Vaccination in Burma 1900-1911 - 1900-1911
Year: 1900
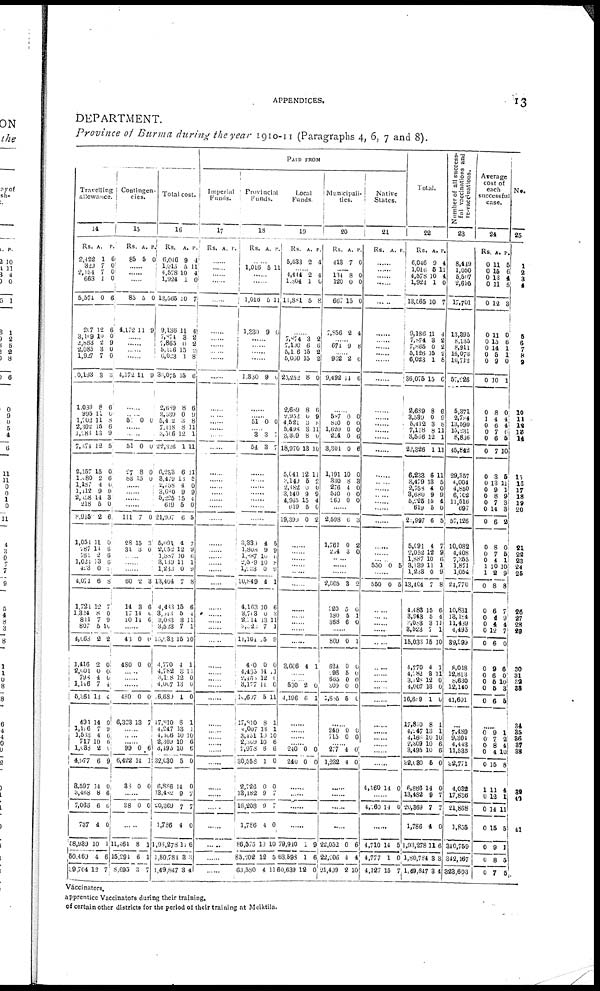
APPENDICES.
13
DEPARTMENT.
Province of Burma during the year 1910-11 (Paragraphs 4, 6, 7 and 8).
Travelling
allowance.
14
Rs.
2,422
329
2,154
663
5,574
207
3,109
2,863
2,085
1,927
10,193
1,039
995
1,702
2,302
1,288
7,374
2,157
1,480
1,187
1,112
2,158
218
8,915
1,054
787
781
1,021
423
4,071
1,724
1,324
811
807
4,568
1,416
2,001
798
1,146
5,361
491
1,116
1,533
717
1,038
4,977
3,597
3,468
7,066
737
58,939
50,460
39,704
A.
1
7
7
1
0
12
10
2
3
7
3
8
11
11 15
13
12
15
2
4
9
14
5
2
11
11
2
13
0
6
12
8
7
5
2
2
0
4
7
13
14
7 4
10
2
6
14
8
6
4
10
4
12
P.
6
0
0
0
6
6
0
9
0
0
3
6
0
8
6
9
5
0
6
0
9
3
0
6
0
6
6
6
2
8
7
0
9
10
2
0
0
0
4
4
0
9
6
6
0
9
0
6
6
0
1
6
7
Contingen-
cies.
15
Rs.
85
A.
5
P.
0
......
......
......
85
4,172
5
11
0
9
......
......
......
......
4,172 11 9
......
...... 51 0 0
......
......
51
27
83
0
8
15
0
0
0
......
......
......
......
111
28
31
7
15
3
0
3
0
......
......
......
60
14
17
10
2
3
14
14
3
6
0
6
......
43
480
0
0
0
0
......
......
......
480
6,323
0
13
0
7
......
......
......
99
6,422
36
0
14
0
6
1
0
......
38 0 0
......
11,464
15,291
8,695
8
6
3
1
1
7
Total cost.
16
Rs.
6,046
1,013
4,578
1,924
13,565
9,186
7,874
7,865
5,116
6,023
36,075
2,689
3,539
5,412
7,118
3,306
22,326
6,233
3,479
2,758
3,680
5,225
619
21,907
5,091
2,052
1,887
3,139
1,233
13,404
4,483
3,013
3,083
3,523
15,033
4,770
4,782
3,118
4,007
16,680
17,810
4,247
4,106
2,309
3,495
32,030
6,886
13,482
20,369
1,786
1,93,278
1,80,784
1,49,847
A.
9
5
10
1
10
11
3
0
15
1
15
8
0
3
8
12
1
6
18
4
9
15
5
6
4
12
10
11
0
7
15
5
3
7
15
4
3
12
13
1
8
13
10
10
10
5
14
9
7
4
11
8
3
P.
4
11
4
0
7
4
2
2
2
8
6
6
9
8
11
1
11
11
5 0
9
4
0
5
7
9
6
1
9
8
6
4
11
1
10
1
11
0
0
0
1
1
10
6
6
0
0
7
7
0
16
3
4
PAID FROM
Imperial
Funds.
17
Rs. A. P.
......
......
......
......
......
......
......
......
..
.
......
......
......
......
......
......
.
......
......
......
......
......
......
......
......
......
......
......
......
......
......
......
......
......
......
......
......
......
......
......
......
......
......
......
......
......
......
......
......
..
......
......
Provincial
Funds.
18
Rs. A. P.
......
1,016 5 11
......
......
1,016
1,330
5
9
11
0
......
......
......
......
1,330 9 0
......
...... 51 0 0
...... 3
54
3
3
7
7
......
......
......
......
......
......
......
3,330
1,808
1,887
2,589
1,233
10,849
4,163
3,703
2,114
3,523
14,164
480
4,435
2,460
3,177
10,607
17,810
4,007
3,431
2,309
2,978
30,558
2,726
13,482
16,208
1,786
86,575
85,202
63,580
4
9
10
10
0
4
10
0
13
7
15
0
14
12
11
5
8
13
10
10
6
1
0
9
9
4
10
12
4
5
9
0
8
9
1
6
3
11
1
9
0
11
0
0
11
1
1
10 6
6
0
0
7
7
0
10
5
11
Local
Funds.
19
Rs.
5,633
A.
2
P.
4
...... 4,414
1,804
11,881
2
1
5
4
0
8
......
7,874
7,100
5,116
5,060
23,252
2,689
2,952
4,521
5,498
3,309
18,970
5,041
3,140
2,482
3,140
4,965
619
19,399
3
6
15
15
8
8
0
3
8
8
13
12
5
0
9
15
5
0
2
6
2
2
0
6
9
8
11
0
10
11
2
0
9
4
0
2
......
......
......
......
......
......
......
......
......
......
......
3,606 4 1
......
...... 530
4,196
2
6
0
1
......
......
......
...... 240
240
0
0
0
0
......
......
.
......
79,910
68,598
60,639
1
1
12
9
6
0
Municipali-
ties.
20
Rs.
413
A.
7
P.
0
......
134
120
667
7,856
8
0
15
2
0
0
0
4
...... 671 9 8
...... 962
9,492
2
14
6
6
......
587
840
1,620
254
3,301
1,191
330
276
540
260
0
0
0
0
0
10
8
4
0
0
0
0
0
6
6
0
8
0
0
0
......
2,598
1,761
214
6
0
3
3
2
0
......
......
......
2,005
320
180
368
3
5
5
6
0
0
1
0
......
869
624
196
665
300
1,885
0
0
5
0
0
5
1
0
0
0
0
0
......
240
715
0
0 0
0
...... 277
1,232
4
4
0
0
......
......
......
..
22,052
22,206
21,499
0
4
2
6
4
10
Native
States.
21
Rs. A. P.
.
......
......
......
......
......
......
......
......
......
......
......
......
......
......
......
......
......
......
......
......
......
......
......
......
......
......
550 0 5
......
550 0 5
......
......
......
......
......
......
......
......
......
......
......
......
......
......
......
......
4,160 14 0
......
4,160 14 0
......
4,710
4,777
4,127
14
1
15
5
0
7
Total.
22
Rs.
6,046
1,016
4,578
1,924
13,565
9,186
7,874
7,865
5,126
6,023
36,075
2,689
3,539
5,412
7,118
3,566
22,326
6,233
3,479
2,758
3,680
5,225
619
23,997
5,091
2,052
1,887
3,139
1,233
13,404
4,483
3,943
3,088
3,523
15,033
1,770
4,782
3,128
4,007
16,689
17,810
4,247
4,166
2,309
3,495
32,080
6,886
13,482
20,369
1,786
1,93,278
1,80,784
1,49,847
A.
9
5
10
1
10
11
3
0
15
1
15
8
0
3
8
12
1
6
13
4
9
15
5
6
4
12
10
11
0
7
15
5
3
7
15
4
3
12
13
1
8
13
10
10
10
5
14
9
7
4
11
3
3
P.
4
11
4
0
7
4
2
2
2
8
6
6
9
8
11
1
11
11
5
0
9
4
0
5
7
9
6
1
9
8
6
4
11
1
10
1
11
0
0
0
1
1
10
6 6
0
0
7
7
0
6
3
4
Number of all success-
ful vaccinations and
re-vaccinations.
23
8,449
1,050
5,507
2,695
17,701
13,395
8,135
8,911
16,073
10,712
57,226
5,371
2,784
13,590
15,231
8,866
45,842
29,357
4,004
4,850
6,702
11,516
697
57,126
10,082
4,408
7,355
1,871
1,054
24,770
10,831
13,184
11,489
4,495
39,999
8,018
12,813
8,630
12,140
41,601
...
7,489
9,304
4,443
11,535
32,771
4,032
17,836
21,868
1,855
340,759
342,167
323,603
Average
cost of
each
successful
case.
24
Rs.
0
0
0
0
0
0
0
0
0
0
0
0
1
0
0
0
0
0
0
0
0
0
0
0
0
0
0
1
1
0
0
0
0
0
0
0
0
0
0
0
A.
11
15
13
11
12
11
15
14
5
9
10
8
4
6
7
6
7
3
13
9
8
7
14
6
8
7
4
10
2
8
6
4
4
12
6
9
6
5
5
6
P.
5
6
4
5
3
0
6
1
1
0
1
0
4
4
6
5
10
5
11
1
9
3
3
2
0
5
1
10
9
8
7
9
4
7
0
6
0
10
3
5
......
0
0
0
0
0
1
0
0
0
0
0
0
9
7
8
4
15
11
12
14
15
9
8
7
1
2
4
10
8
4
1
11
5
1
5
5
No.
25
1
2
3
4
5
6
7 8
9
10
11
12
13
14
15
16
17
18
19
20
21
22
23
24
25
26
27
28
29
30
31
32
33
34
35
36
37
38
39
40
41
Vaccinators.
apprentice Vaccinators during their training.
of certain other districts for the period of their training at Meiktila.